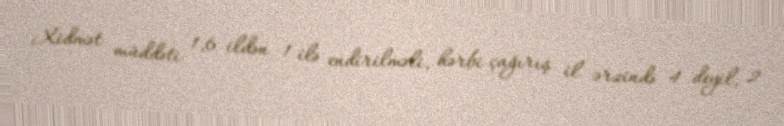
Xidmət müddəti 1,6 ildən 1 ilə endirilməli, hərbi çağırış il ərzində 4 deyil, 2